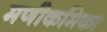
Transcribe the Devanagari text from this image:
मणीकमिका